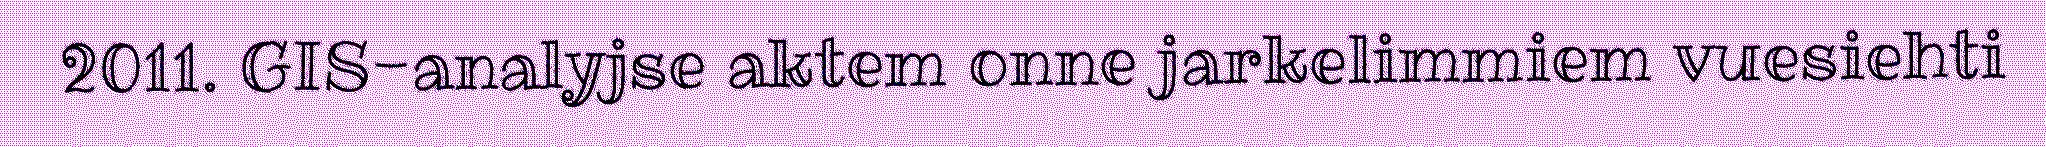
2011. GIS-analyjse aktem onne jarkelimmiem vuesiehti